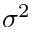
\sigma ^ { 2 }